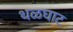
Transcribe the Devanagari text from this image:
थळघाट